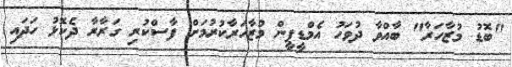
"ބޮޑު މުޒާހަރާ" ބާއްވާ ދުވަހު އެމްޑީޕީން މުޒާހަރާކުރުމަށް ފާސްކުރި ގަރާރާ ދެކޮޅު ހަދައި